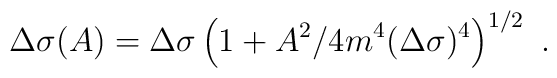
\Delta\sigma(A)= \Delta\sigma \left(1+        A^2/4m^4(\Delta\sigma)^4\right)^{1/2}\ .